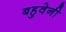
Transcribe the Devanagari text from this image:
बहुवेनी